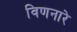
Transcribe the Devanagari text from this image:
विणनारे